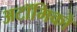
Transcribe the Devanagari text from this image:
अटॉमिको